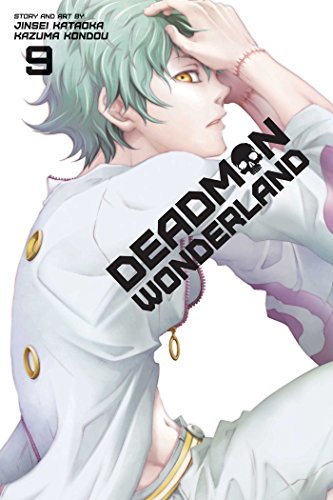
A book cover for Deadman Wonderland, Vol. 9; Jinsei Kataoka; Comics & Graphic Novels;